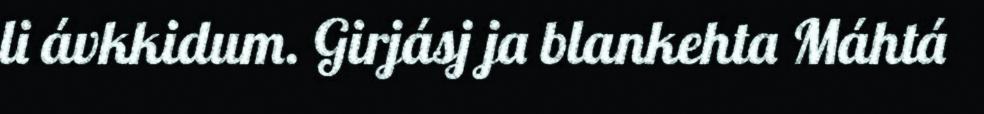
li ávkkidum. Girjásj ja blankehta Máhtá